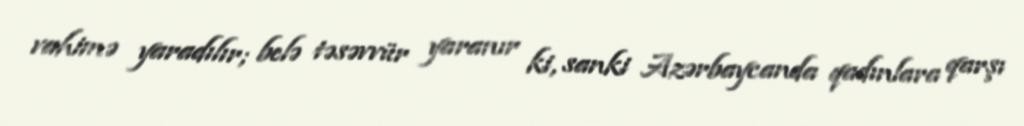
vahimə yaradılır; belə təsəvvür yaranır ki, sanki Azərbaycanda qadınlara qarşı